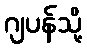
ဂျပန်သို့